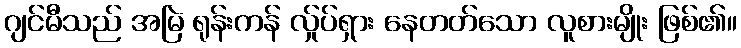
ဂျင်မီသည် အမြဲ ရုန်းကန် လ်ှုပ်ရှား နေတတ်သော လူစားမျိုး ဖြစ်၏။